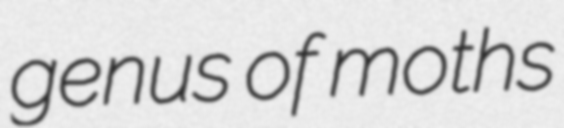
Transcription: genus of moths